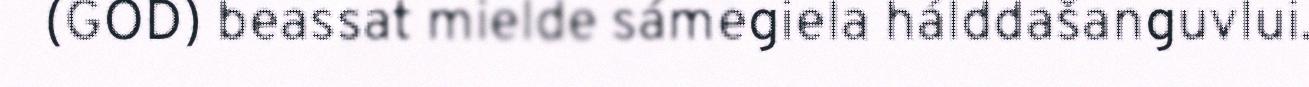
(GOD) beassat mielde sámegiela hálddašanguvlui.